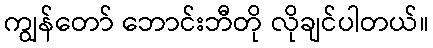
ကျွန်တော် ဘောင်းဘီတို လိုချင်ပါတယ်။